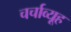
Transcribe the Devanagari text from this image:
चर्चाव्यूह